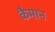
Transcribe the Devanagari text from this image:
कैमान